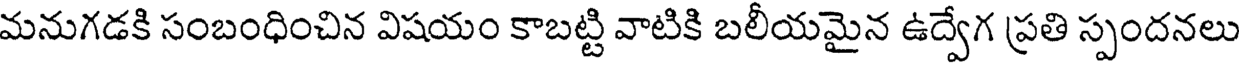
మనుగడకి సంబంధించిన విషయం కాబట్టి వాటికి బలీయమైన ఉద్వేగ ప్రతి స్పందనలు